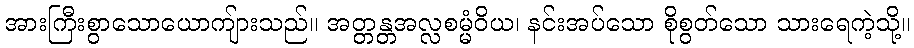
အားကြီးစွာသောယောကျ်ားသည်။ အတ္တန္တအလ္လစမ္မံဝိယ၊ နင်းအပ်သော စိုစွတ်သော သားရေကဲ့သို့။